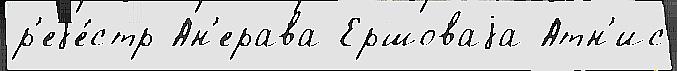
р'еjе́стр Ан'ерава Ершоваjа Атн'ис